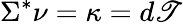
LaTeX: \Sigma^{*}\nu=\kappa=d\mathscr{T}